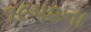
૧૯૫૨ના